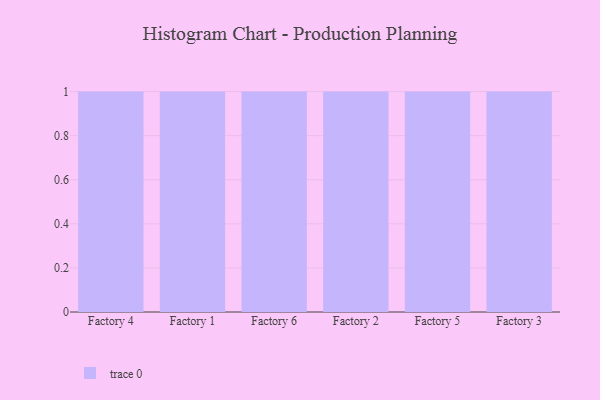
{"axis": {"x": "Factory", "y": "Conversion Rate (%)"}, "legend": [""], "data": [{"x": "Factory 4", "y": 10, "type": ""}, {"x": "Factory 1", "y": 96, "type": ""}, {"x": "Factory 6", "y": 39, "type": ""}, {"x": "Factory 2", "y": 71, "type": ""}, {"x": "Factory 5", "y": 33, "type": ""}, {"x": "Factory 3", "y": 35, "type": ""}]}